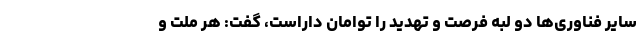
سایر فناوری‌ها دو لبه فرصت و تهدید را توامان داراست، گفت: هر ملت و